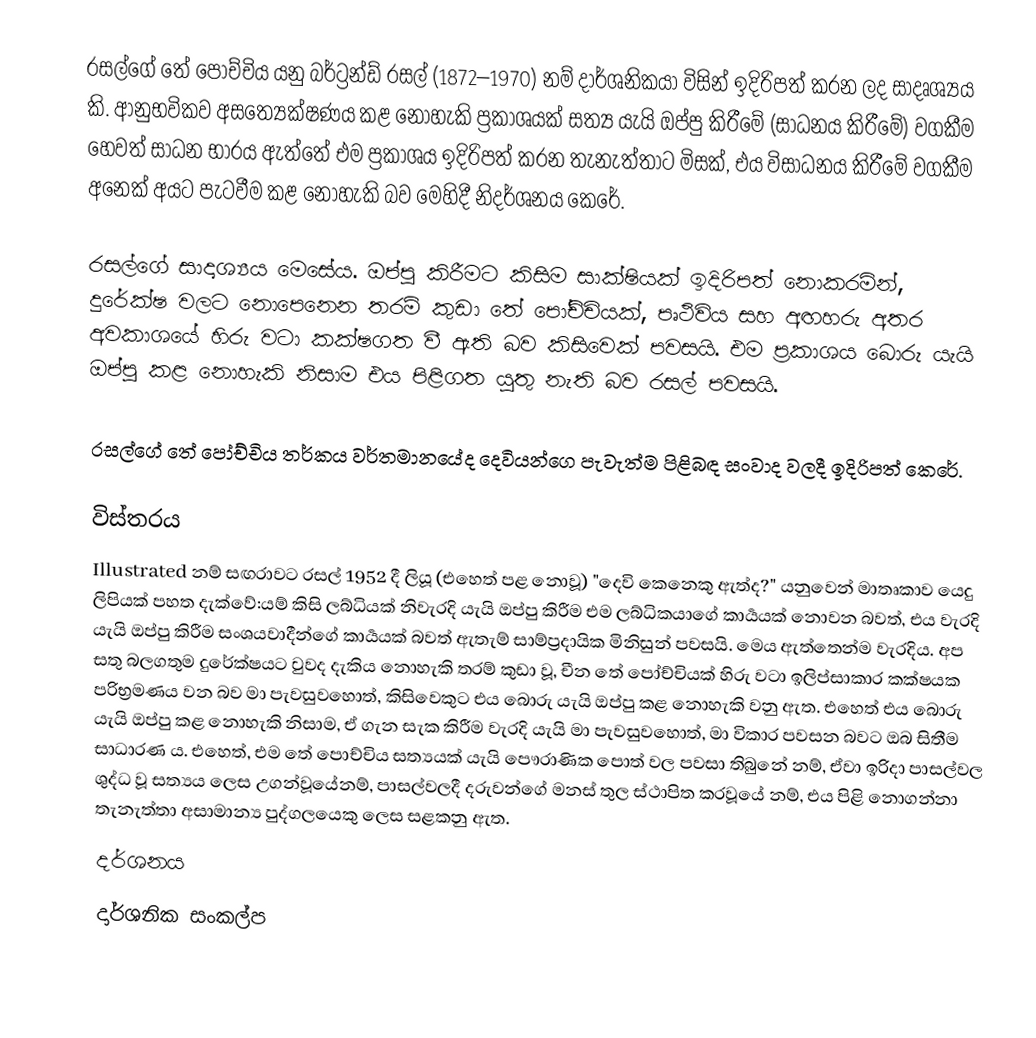
රසල්ගේ තේ පෝච්චිය යනු බර්ට්‍රන්ඩ් රසල් (1872–1970) නම් දාර්ශනිකයා විසින් ඉදිරිපත් කරන ලද සාදෘශ්‍යය කි. ආනුභවිකව අසත්‍යේක්ෂණය කළ නොහැකි ප්‍රකාශයක් සත්‍ය යැයි ඔප්පු කිරීමේ (සාධනය කිරීමේ) වගකීම හෙවත් සාධන භාරය ඇත්තේ එම ප්‍රකාශය ඉදිරිපත් කරන තැනැත්තාට මිසක්, එය විසාධනය කිරීමේ වගකීම අනෙක් අයට පැටවීම කළ නොහැකි බව මෙහිදී නිදර්ශනය කෙරේ.

රසල්ගේ සාදෘශ්‍යය මෙසේය. ඔප්පු කිරීමට කිසිම සාක්ෂියක් ඉදිරිපත් නොකරමින්, දුරේක්ෂ වලට නොපෙනෙන තරම් කුඩා තේ පෝච්චියක්, පෘථිවිය සහ අඟහරු අතර අවකාශයේ හිරු වටා කක්ෂගත වී ඇති බව කිසිවෙක් පවසයි. එම ප්‍රකාශය බොරු යැයි ඔප්පු කළ නොහැකි නිසාම එය පිළිගත යුතු නැති බව රසල් පවසයි.

රසල්ගේ තේ පෝච්චිය තර්කය වර්තමානයේද දෙවියන්ගෙ පැවැත්ම පිළිබඳ සංවාද වලදී ඉදිරිපත් කෙරේ.

විස්තරය
Illustrated නම් සඟරාවට රසල් 1952 දී ලියූ (එහෙත් පළ නොවූ) "දෙවි කෙනෙකු ඇත්ද?" යනුවෙන් මාතෘකාව යෙදු ලිපියක් පහත දැක්වේ:යම් කිසි ලබ්ධියක් නිවැරදි යැයි ඔප්පු කිරීම එම ලබ්ධිකයාගේ කාර්‍යයක් නොවන බවත්, එය වැරදි යැයි ඔප්පු කිරීම සංශයවාදීන්ගේ කාර්‍යයක් බවත් ඇතැම් සාම්ප්‍රදායික මිනිසුන් පවසයි. මෙය ඇත්තෙන්ම වැරදිය. අප සතු බලගතුම දුරේක්ෂයට වුවද දැකිය නොහැකි තරම් කුඩා වූ, චීන තේ පෝච්චියක් හිරු වටා ඉලිප්සාකාර කක්ෂයක පරිභ්‍රමණය වන බව මා පැවසුවහොත්, කිසිවෙකුට එය බොරු යැයි ඔප්පු කළ නොහැකි වනු ඇත. එහෙත් එය බොරු යැයි ඔප්පු කළ නොහැකි නිසාම, ඒ ගැන සැක කිරීම වැරදි යැයි මා පැවසුවහොත්, මා විකාර පවසන බවට ඔබ සිතීම සාධාරණ ය. එහෙත්, එම තේ පොච්චිය සත්‍යයක් යැයි පෞරාණික පොත් වල පවසා තිබුනේ නම්, ඒවා ඉරිදා පාසල්වල ශුද්ධ වූ සත්‍යය ලෙස උගන්වූයේනම්, පාසල්වලදී දරුවන්ගේ මනස් තුල ස්ථාපිත කරවූයේ නම්, එය පිළි නොගන්නා තැනැත්තා අසාමාන්‍ය පුද්ගලයෙකු ලෙස සළකනු ඇත.
දර්ශනය
දාර්ශනික සංකල්ප